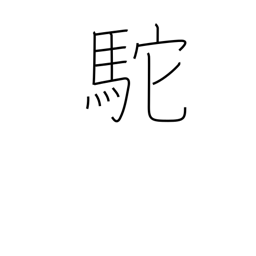
Meaning: hunchback